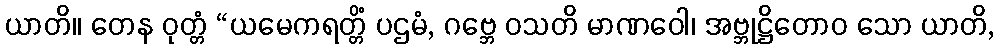
ယာတိ။ တေန ဝုတ္တံ “ယမေကရတ္တိံ ပဌမံ, ဂဗ္ဘေ ဝသတိ မာဏဝေါ၊ အဗ္ဘုဋ္ဌိတောဝ သော ယာတိ,